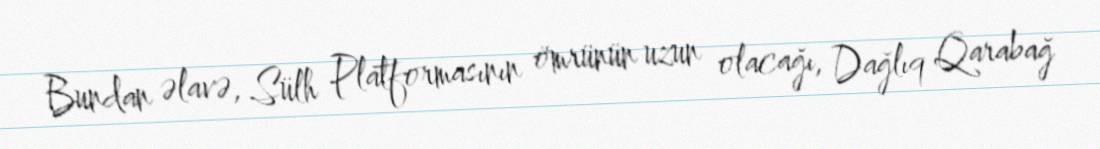
Bundan əlavə, Sülh Platformasının ömrünün uzun olacağı, Dağlıq Qarabağ